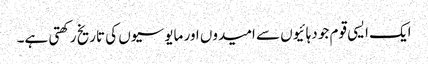
ایک ایسی قوم جو دہائیوں سے امیدوں اور مایوسیوں کی تاریخ رکھتی ہے۔